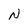
Character: N